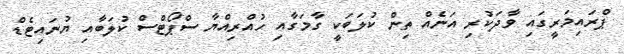
ޕްރައިމަރީގައި ވާދަކުރި އަނެއް ތިން ކުލަބަކީ ގާމަގާއި ހުއްރިއްޔާ ސްޕޯޓްސް ކުލަބާއި ޔުނައިޓެޑް